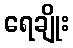
ရေချိုး